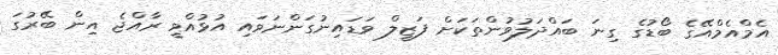
އެމްއެމްއޭގެ ބޯޑުގެ ގިނަ ބައްދަލުވުންތަކަށް ފަޒީލް ވަޑައިނުގަންނަވައި އުޅުއްވީ ރާއްޖެ އިން ބޭރުގަ